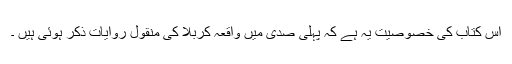
اس کتاب کی خصوصیت یہ ہے کہ پہلی صدی میں واقعہ کربلا کی منقول روایات ذکر ہوئی ہیں ۔